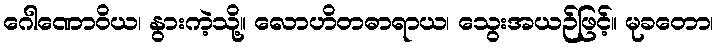
ဂေါဏောဝိယ၊ နွားကဲ့သို့။ လောဟိတဓာရာယ၊ သွေးအယဉ်ဖြင့်။ မုခတော၊